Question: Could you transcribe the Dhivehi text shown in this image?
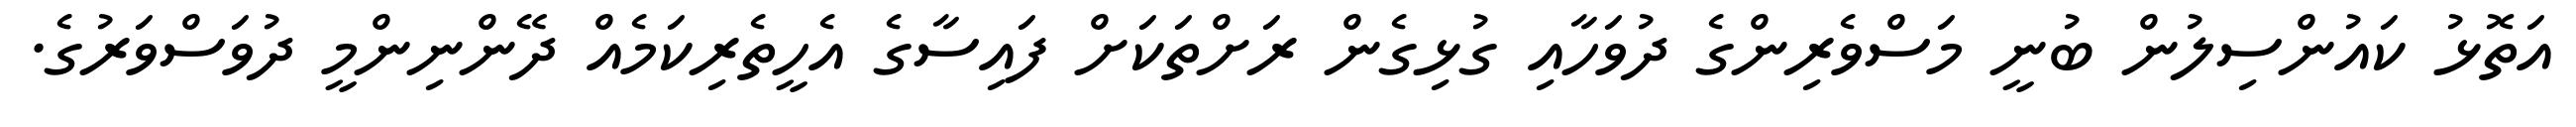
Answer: އަތޮޅު ކައުންސިލުން ބުނީ މަސްވެރިންގެ ދުވަހާއި ގުޅިގެން ރަށްތަކަށް ފައިސާގެ އެހީތެރިކަމެއް ދޭންނިންމީ ދުވަސްވަރުގެ.